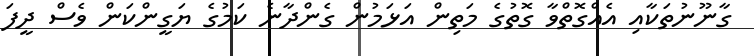
ގާނޫނުތަކާއި އެއްގޮތްވާ ގޮތުގެ މަތިން އަޅަމުން ގެންދާނެ ކަމުގެ ޔަގީންކަން ވެސް ދީފަ